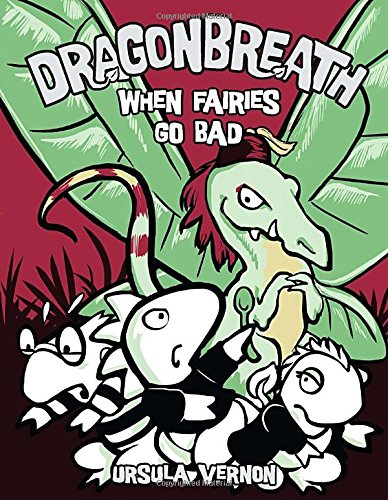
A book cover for Dragonbreath #7: When Fairies Go Bad; Ursula Vernon; Children's Books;